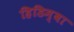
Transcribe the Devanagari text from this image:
हिडिम्‍बा